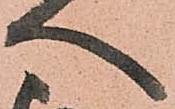
へ